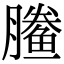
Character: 䲢